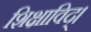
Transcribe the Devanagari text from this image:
शिक्षाविद्।